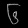
Digit: ၆